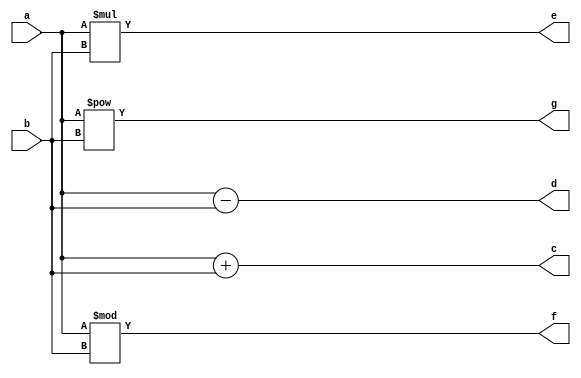
module airthmetic(a,b,c,d,e,f,g);
input [2:0]a,b;
output reg [3:0]c,d,e,f,g;

always @(a,b) begin
c=a+b;
d=a-b;
e=a*b;
f=a%b;
g=a**b;
end
endmodule

module tb1;
reg [2:0]a,b;
wire [3:0]c,d,e,f,g;

airthmetic dut(a,b,c,d,e,f,g);
initial begin
#10;
a=5; b=2; #10;

a=2;b=1;#10;
end

initial 
$monitor("a=%d  b=%d  c=%d  d=%d  e=%d  f=%d g=%d",a,b,c,d,e,f,g);
endmodule